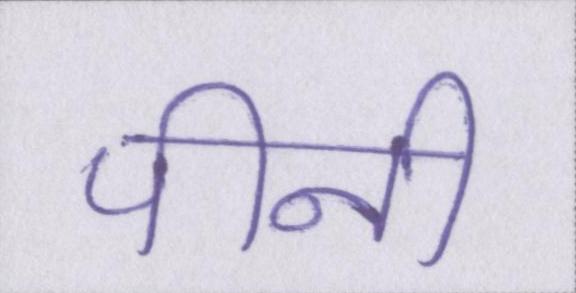
पीनी